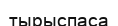
тырыспаса